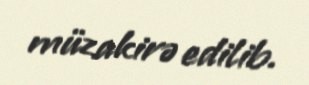
müzakirə edilib.